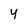
Character: Y